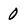
Character: 0